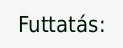
Futtatás: